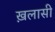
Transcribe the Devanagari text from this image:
ख़लासी